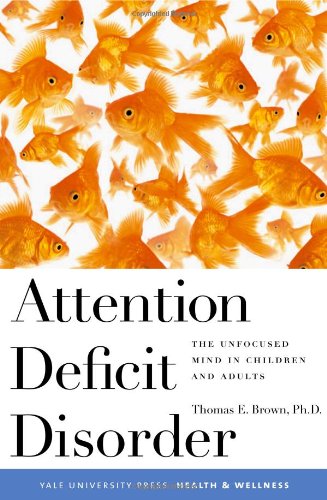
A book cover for Attention Deficit Disorder: The Unfocused Mind in Children and Adults; Dr. Thomas Brown  Ph.D.; Parenting & Relationships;